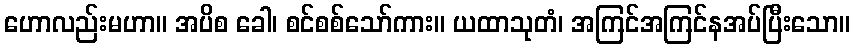
ဟောလည်းမဟာ။ အပိစ ခေါ၊ စင်စစ်သော်ကား။ ယထာသုတံ၊ အကြင်အကြင်နအပ်ပြီးသော။